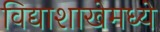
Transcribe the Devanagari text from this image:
विद्याशाखेमध्ये